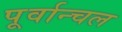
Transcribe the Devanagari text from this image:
पूर्वान्चल